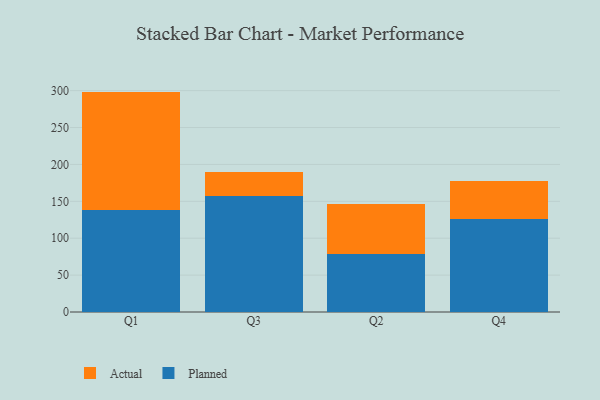
{"axis": {"x": "Quarter", "y": "Temperature (°C)"}, "legend": ["Actual", "Planned"], "data": [{"x": "Q1", "y": 137.8, "type": "Planned"}, {"x": "Q1", "y": 160.9, "type": "Actual"}, {"x": "Q3", "y": 156.7, "type": "Planned"}, {"x": "Q3", "y": 33.0, "type": "Actual"}, {"x": "Q2", "y": 78.2, "type": "Planned"}, {"x": "Q2", "y": 68.3, "type": "Actual"}, {"x": "Q4", "y": 126.5, "type": "Planned"}, {"x": "Q4", "y": 51.4, "type": "Actual"}]}